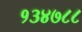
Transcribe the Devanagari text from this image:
१३४७८८